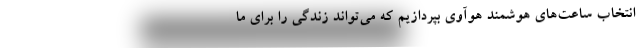
انتخاب ساعت‌های هوشمند هوآوی بپردازیم که می‌تواند زندگی را برای ما